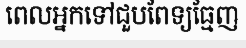
ពេលអ្នកទៅជួបពែទ្យធ្មែញ